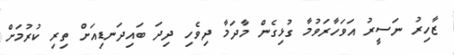
ޒާހިރު ނަސީރު އަވަހާރަވުމާ ގުޅިގެން މާދަމާ ދިވެހި ދިދަ ބައިދަނޑިއަށް ތިރި ކުރުމަށް